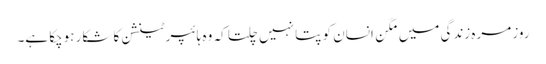
روز مرہ زندگی میں مگن انسان کو پتا نہیں چلتا کہ وہ ہائپرٹینشن کا شکار ہوچکا ہے۔